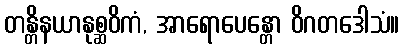
တန္တိနယာနုစ္ဆဝိကံ, အာရောပေန္တော ဝိဂတဒေါသံ။